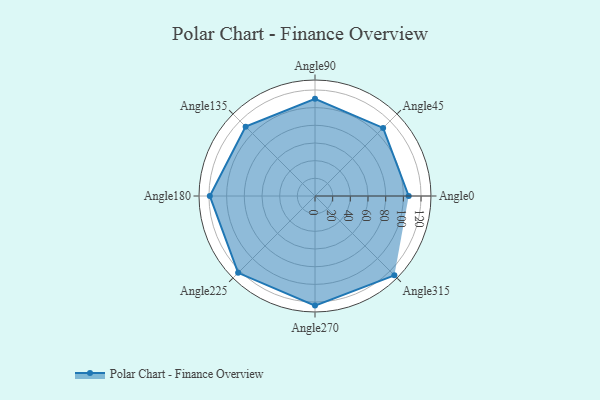
{"axis": {"x": "Angle", "y": "Radius"}, "legend": [""], "data": [{"x": "Angle0", "y": 106.0, "type": ""}, {"x": "Angle45", "y": 109.0, "type": ""}, {"x": "Angle90", "y": 110.0, "type": ""}, {"x": "Angle135", "y": 111.0, "type": ""}, {"x": "Angle180", "y": 119.0, "type": ""}, {"x": "Angle225", "y": 123.0, "type": ""}, {"x": "Angle270", "y": 124.0, "type": ""}, {"x": "Angle315", "y": 127.0, "type": ""}]}